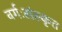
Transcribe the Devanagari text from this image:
वर्गःसंस्कृत